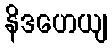
နိဒဟေယျ